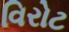
વિરોટ